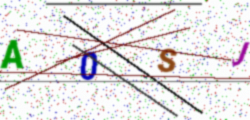
Text: A0SJ